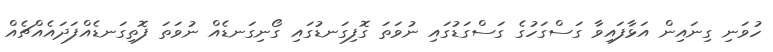
ހުވަނި ގިނައިން އަޅާފައިވާ ގަސްގަހުގެ ގަސްގަޑުގައި ނުވަތަ ގޮފިގަނޑުގައި ގޯނިގަނޑެއް ނުވަތަ ފޮތިގަނޑެއްފަދައެއްޗެއް